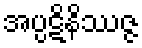
အပ္ပဋိနိဿဇ္ဇ